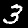
Digit: 3